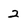
Character: 2